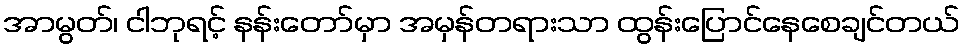
အာမွတ်၊ ငါဘုရင့် နန်းတော်မှာ အမှန်တရားသာ ထွန်းပြောင်နေစေချင်တယ်